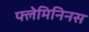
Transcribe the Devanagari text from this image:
फ्लेमिनिनस